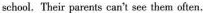
school,Their parents can't see them often.